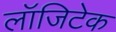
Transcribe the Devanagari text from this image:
लॉजिटेक